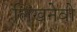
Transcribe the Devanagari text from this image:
लिखनेवो